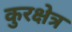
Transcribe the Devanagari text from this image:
कुरक्षेत्र